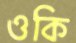
ওকি